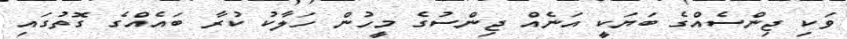
ވަކި ޖިންސެއްގެ ބަޔަކީ އަނެއް ޖިންސުގެ މީހުން ހަލާކު ކުރާ ބައެއްގެ ގޮތުގައި